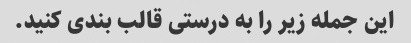
این جمله زیر را به درستی قالب بندی کنید.